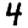
Digit: 4